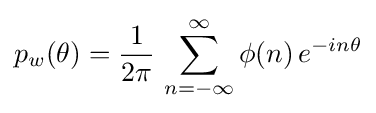
p_{w}(\theta )={\frac {1}{2\pi }}\,\sum _{n=-\infty }^{\infty }\phi (n)\,e^{-in\theta }